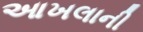
આખલાની